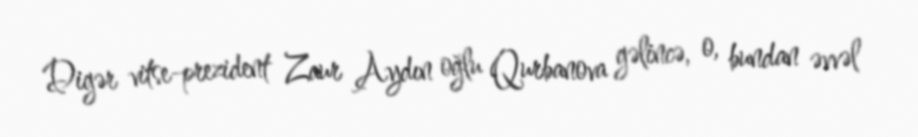
Digər vitse-prezident Zaur Aydın oğlu Qurbanova gəlincə, o, bundan əvvəl